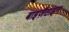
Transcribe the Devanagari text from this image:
बाइज़ैंटाइन